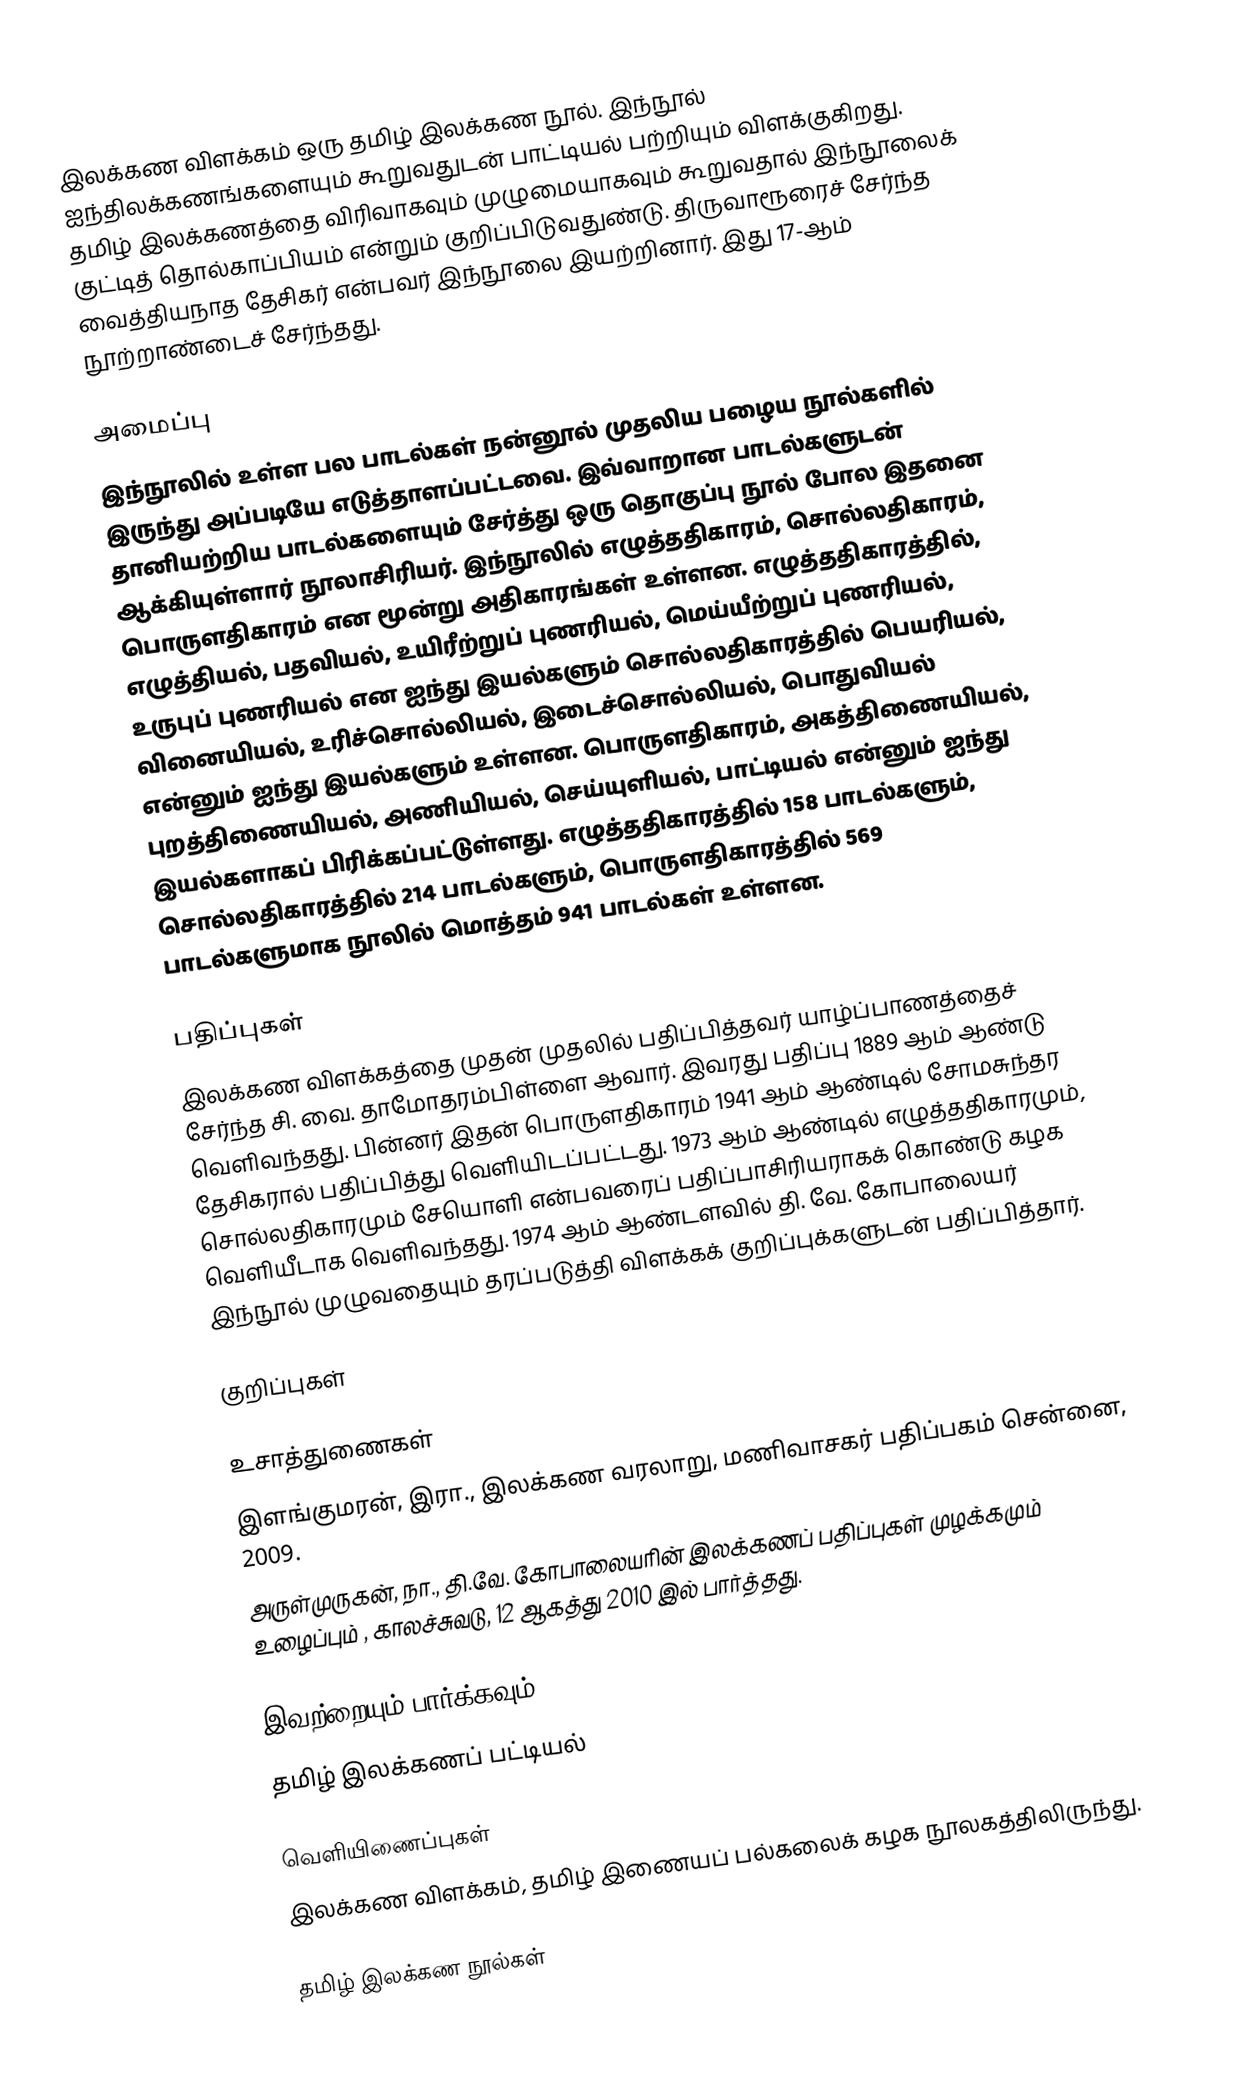
இலக்கண விளக்கம் ஒரு தமிழ் இலக்கண நூல். இந்நூல் ஐந்திலக்கணங்களையும் கூறுவதுடன் பாட்டியல் பற்றியும் விளக்குகிறது. தமிழ் இலக்கணத்தை விரிவாகவும் முழுமையாகவும் கூறுவதால் இந்நூலைக் குட்டித் தொல்காப்பியம் என்றும் குறிப்பிடுவதுண்டு. திருவாரூரைச் சேர்ந்த வைத்தியநாத தேசிகர் என்பவர் இந்நூலை இயற்றினார். இது 17-ஆம் நூற்றாண்டைச் சேர்ந்தது.

அமைப்பு
இந்நூலில் உள்ள பல பாடல்கள் நன்னூல் முதலிய பழைய நூல்களில் இருந்து அப்படியே எடுத்தாளப்பட்டவை. இவ்வாறான பாடல்களுடன் தானியற்றிய பாடல்களையும் சேர்த்து ஒரு தொகுப்பு நூல் போல இதனை ஆக்கியுள்ளார் நூலாசிரியர். இந்நூலில் எழுத்ததிகாரம், சொல்லதிகாரம், பொருளதிகாரம் என மூன்று அதிகாரங்கள் உள்ளன. எழுத்ததிகாரத்தில், எழுத்தியல், பதவியல், உயிரீற்றுப் புணரியல், மெய்யீற்றுப் புணரியல், உருபுப் புணரியல் என ஐந்து இயல்களும் சொல்லதிகாரத்தில் பெயரியல், வினையியல், உரிச்சொல்லியல், இடைச்சொல்லியல், பொதுவியல் என்னும் ஐந்து இயல்களும் உள்ளன. பொருளதிகாரம், அகத்திணையியல், புறத்திணையியல், அணியியல், செய்யுளியல், பாட்டியல் என்னும் ஐந்து இயல்களாகப் பிரிக்கப்பட்டுள்ளது. எழுத்ததிகாரத்தில் 158 பாடல்களும், சொல்லதிகாரத்தில் 214 பாடல்களும், பொருளதிகாரத்தில் 569 பாடல்களுமாக நூலில் மொத்தம் 941 பாடல்கள் உள்ளன.

பதிப்புகள்
இலக்கண விளக்கத்தை முதன் முதலில் பதிப்பித்தவர் யாழ்ப்பாணத்தைச் சேர்ந்த சி. வை. தாமோதரம்பிள்ளை ஆவார். இவரது பதிப்பு 1889 ஆம் ஆண்டு வெளிவந்தது. பின்னர் இதன் பொருளதிகாரம் 1941 ஆம் ஆண்டில் சோமசுந்தர தேசிகரால் பதிப்பித்து வெளியிடப்பட்டது. 1973 ஆம் ஆண்டில் எழுத்ததிகாரமும், சொல்லதிகாரமும் சேயொளி என்பவரைப் பதிப்பாசிரியராகக் கொண்டு கழக வெளியீடாக வெளிவந்தது. 1974 ஆம் ஆண்டளவில் தி. வே. கோபாலையர் இந்நூல் முழுவதையும் தரப்படுத்தி விளக்கக் குறிப்புக்களுடன் பதிப்பித்தார்.

குறிப்புகள்

உசாத்துணைகள்
 இளங்குமரன், இரா., இலக்கண வரலாறு, மணிவாசகர் பதிப்பகம் சென்னை, 2009.
 அருள்முருகன், நா., தி.வே. கோபாலையரின் இலக்கணப் பதிப்புகள் முழக்கமும் உழைப்பும் , காலச்சுவடு, 12 ஆகத்து 2010 இல் பார்த்தது.

இவற்றையும் பார்க்கவும்
 தமிழ் இலக்கணப் பட்டியல்

வெளியிணைப்புகள்
 இலக்கண விளக்கம், தமிழ் இணையப் பல்கலைக் கழக நூலகத்திலிருந்து.

தமிழ் இலக்கண நூல்கள்